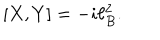
\lbrack X , Y ] = - i \ell _ { B } ^ { 2 } .